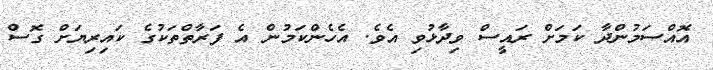
އޮއްސަމުންދާ ކަމަށް ރައީސް ވިދާޅުވި އެވެ. އެހެންކަމުން އެ ފަރާތްތަކުގެ ކައިރިޔަށް ގޮސް